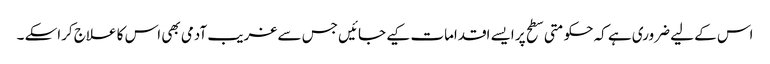
اس کے لیے ضروری ہے کہ حکومتی سطح پر ایسے اقدامات کیے جائیں جس سے غریب آدمی بھی اس کا علاج کراسکے ۔